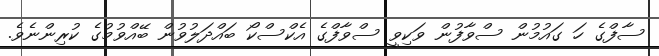
ސާފްގެ ހަ ގައުމުން ސްވާފުން ވަކިވީ ސްވާފްގެ އެކްސްކޯ ބައްދަލުވުން ބޭއްވުމުގެ ކުރިންނެވެ.